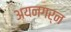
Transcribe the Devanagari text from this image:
अयनगर्न